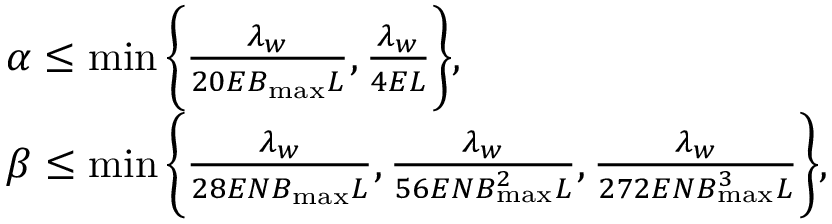
\begin{array} { r l } & { \alpha \leq \operatorname* { m i n } \bigg \{ \frac { \lambda _ { w } } { 2 0 E B _ { \operatorname* { m a x } } L } , \frac { \lambda _ { w } } { 4 E L } \bigg \} , } \\ & { \beta \leq \operatorname* { m i n } \bigg \{ \frac { \lambda _ { w } } { 2 8 E N B _ { \operatorname* { m a x } } L } , \frac { \lambda _ { w } } { 5 6 E N B _ { \operatorname* { m a x } } ^ { 2 } L } , \frac { \lambda _ { w } } { 2 7 2 E N B _ { \operatorname* { m a x } } ^ { 3 } L } \bigg \} , } \end{array}